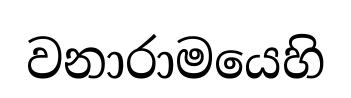
වනාරාමයෙහි